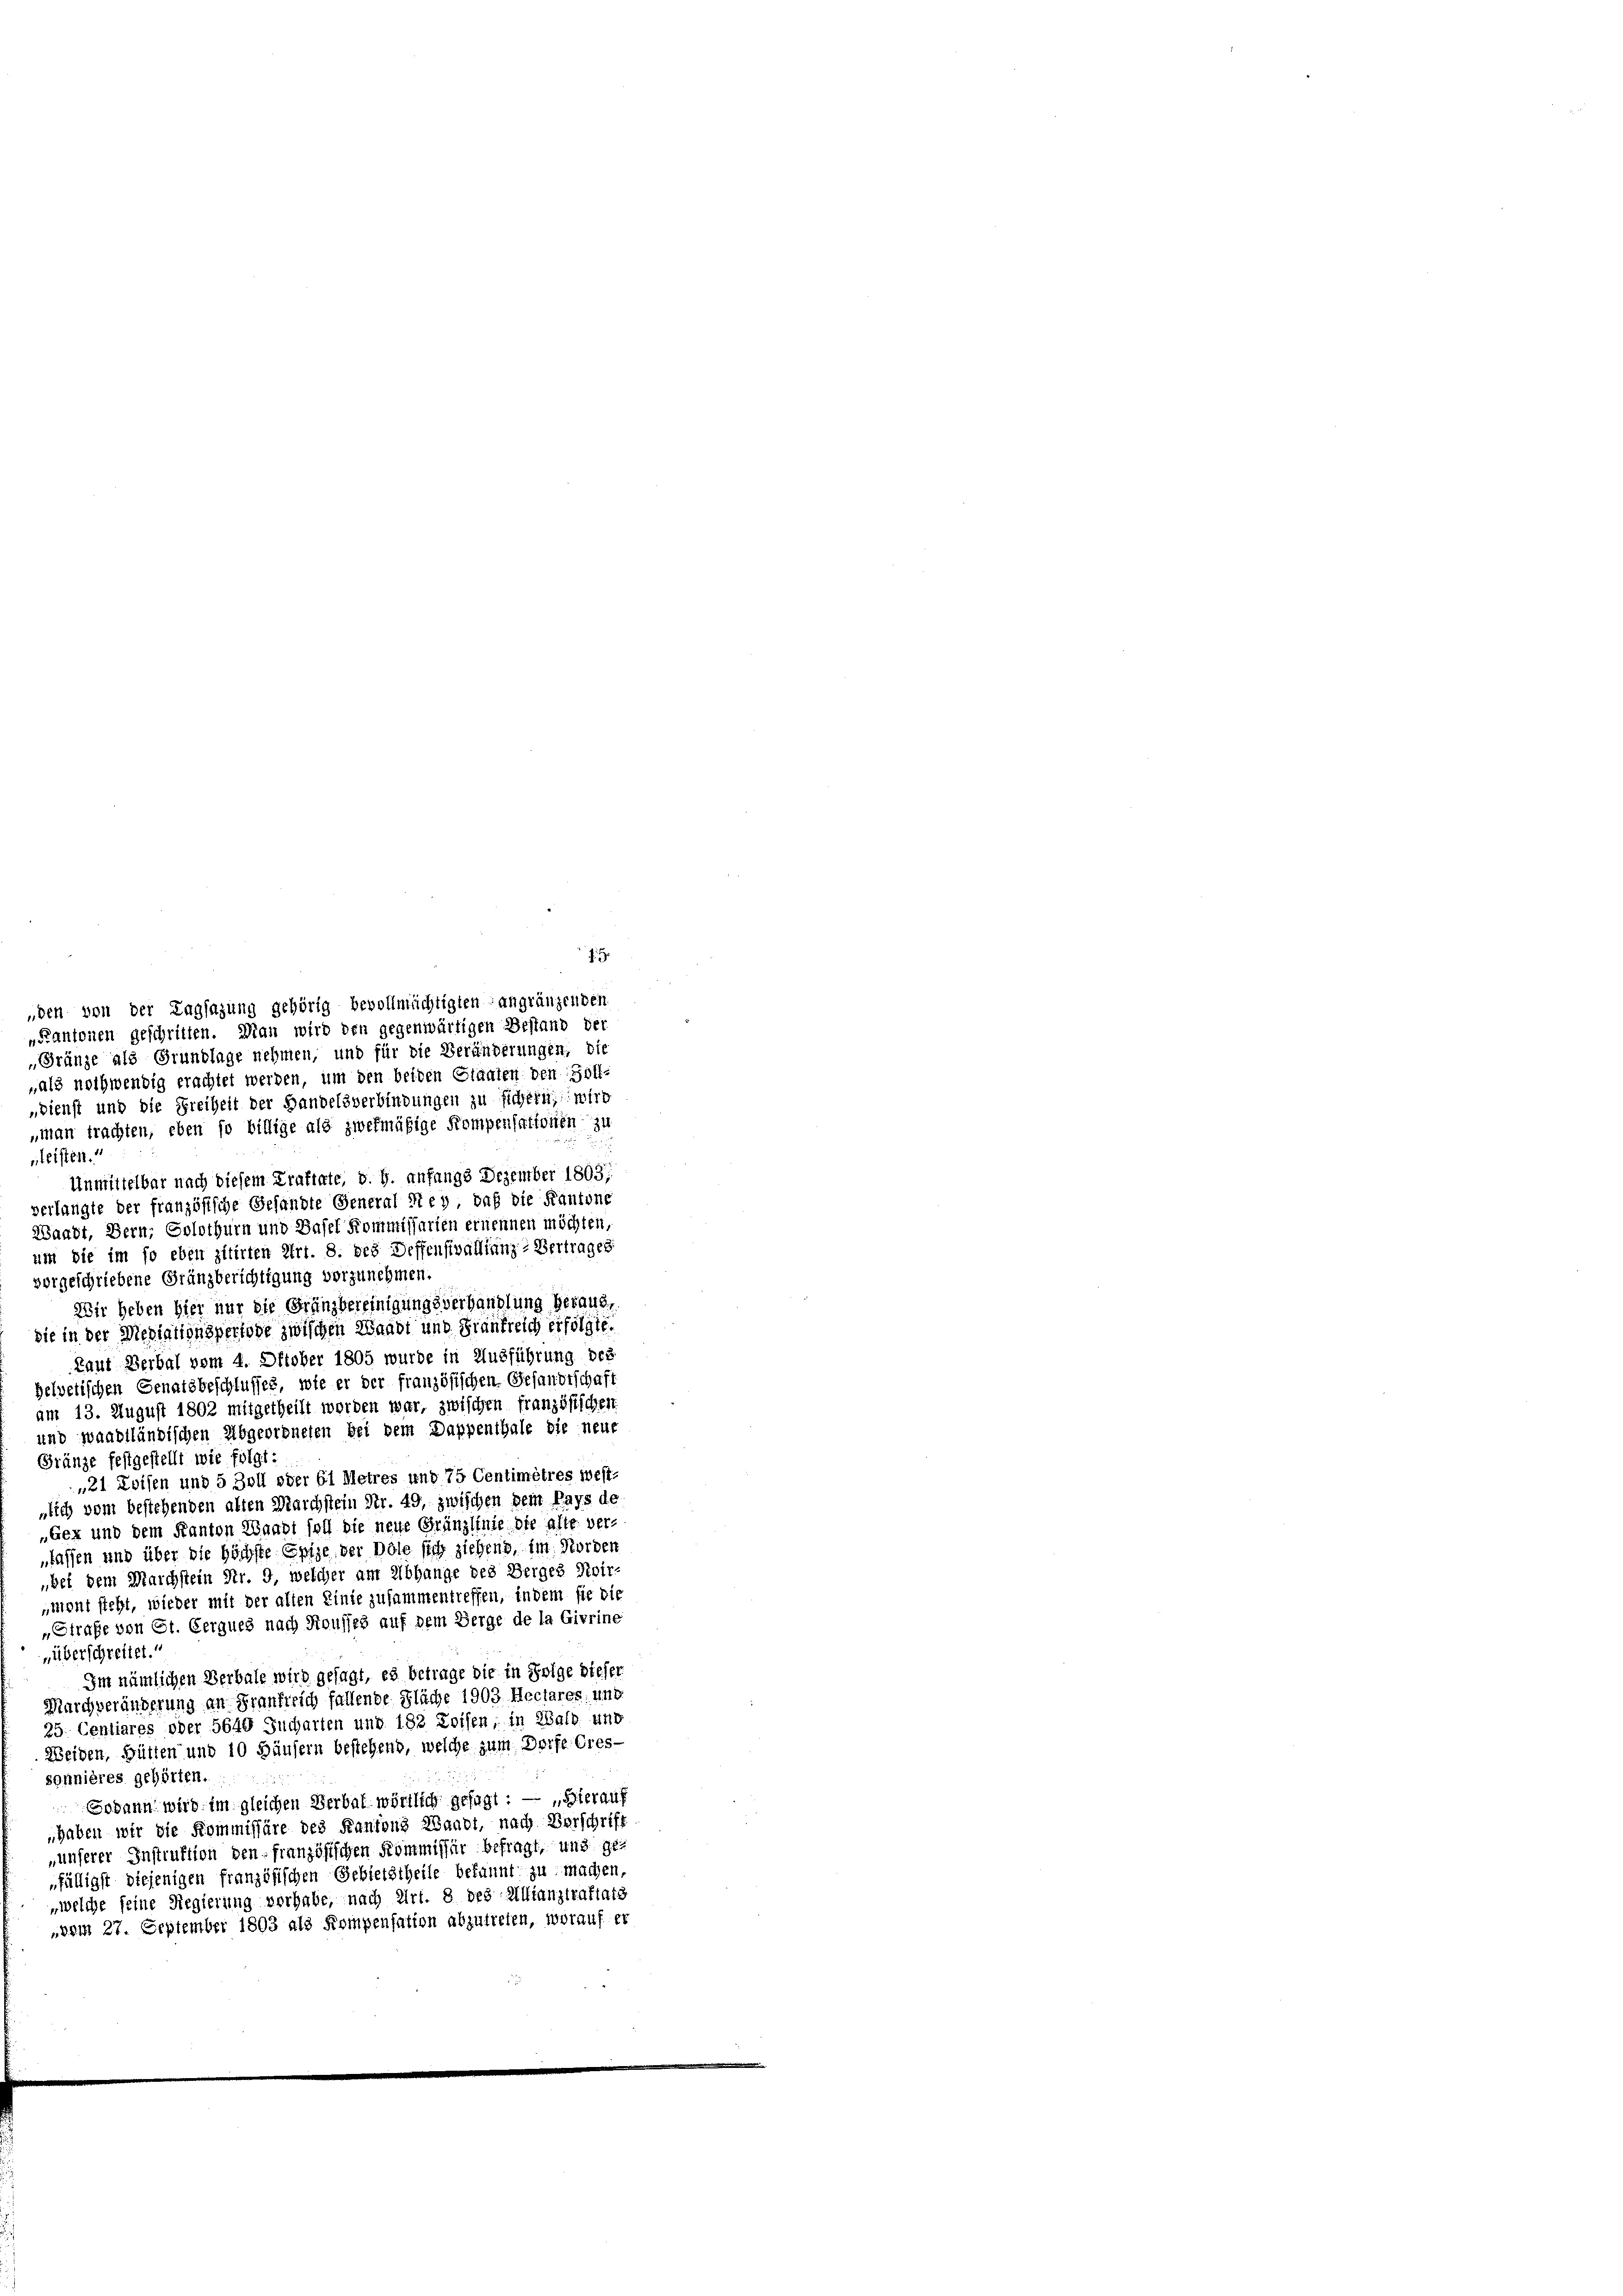
„den von der Tagsazung gehörig bevollmächtigten angränzenden
„Kantonen geschritten. Man wird den gegenwärtigen Bestand der
„Gränze als Grundlage nehmen, und für die Veränderungen, die
„als nothwendig erachtet werden, um den beiden Staaten den Zoll-
„bienst und die Freiheit der Handelsverbindungen zu sichern; wird
„man trachten, eben so billige als zwekmäßige Kompensaitonen zu
nleisten.
Unmittelbar nach diesem Kraftate, d. G. anfangs Dezember 1803;
verlangte der französische Gesandte General Rey, daß die Kantone
Waadt, Bern; Solothurn und Basel Kommissarien ernennen möchten,
um die im so eben zitirten Art. 8. des Deffensivallianz-Vertrages
vorgeschriebene Gränzberichtigung vorzunehmen.
Wir heben hier nur die Gränzbereinigungsverhandlung heraus,
die in der Mediationsperiode zwischen Waadt und Frankreich erfolgte.
Laut Berbal vom 4. Oktober 1805 wurde in Ausführung des
gelvetischen Genatsbeschlusses, wie er der französischen Gesandtschaft
am 13. August 1802 mitgetheilt worden war, zwischen französischen
und waadtländischen Abgeordneten bei dem Dappenthale die neue
Gränze festgestellt wie folgt:
„21 Zvisen und 5 Zoll oder 61 Metres und 75 Centimêtres best-
lich vom bestehenden alten Marchstein Nr. 49, zwischen dem Pays de
„Gex und dem Kanton Waadt soll die neue Gränzlinie die alte ver-
fassen und über die höchste Epize der Dole sich ziehend, im Norden
bet dem Marchstein Nr. 9, welcher am Abhange des Berges Roir-
iment steht, wieder mit der alten Linie zusammentreffen, indem sie die
„Strafe von St. Gerques nach Rousses auf dem Herge de la Givrine
„überschreitet.
Im nämlichen Verbale wird gesagt, es betrage die in Folge dieser
Marchveränderung an Frankreich fallende Fläche 1903. Reclares; und
25. Centiares oder 5640 Jucharten und 182 Loisen; in Wald und
Weiden, Gütten und 10 Häusern bestehend, welche zum Dorfe Gressonnières gehörten.
Godann wird im gleichen Verbal wörtlich gesagt : — „Hierauf
haben wir die Kommissäre des Kantons Waadt, nach Verschrift
„unserer Instruktion den französischen Kommissär befragt, und gefälligst diejenigen französischen Gebietstheile bekannt zu machen,
„welche seine Regierung vorhabe, nach Art. 8 des Allianztraftats
„vom 27. September 1803 als Kompensation abzutreten, worauf er